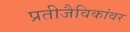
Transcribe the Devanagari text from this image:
प्रतीजैविकांवर